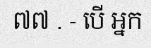
៧៧ . - បើ អ្នក